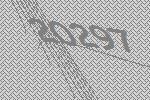
20297